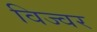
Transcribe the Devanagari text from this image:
विज्वर